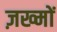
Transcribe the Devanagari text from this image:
ज़ख्‍मों